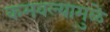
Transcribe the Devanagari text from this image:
कमवल्यामुळे